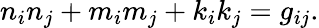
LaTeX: n_{i}n_{j}+m_{i}m_{j}+k_{i}k_{j}=g_{ij}.